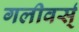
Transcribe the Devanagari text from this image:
गलीवर्स्